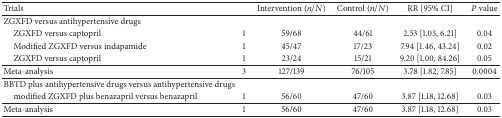
<table><thead><tr><td><b>Trials</b></td><td><b> </b></td><td><b>Intervention (<i>n</i>/<i>N</i>)</b></td><td><b>Control (<i>n</i>/<i>N</i>)</b></td><td><b>RR [95% CI]</b></td><td><b><i>P</i> value</b></td></tr></thead><tbody><tr><td>ZGXFD versus antihypertensive drugs</td><td> </td><td> </td><td> </td><td> </td><td> </td></tr><tr><td> ZGXFD versus captopril</td><td>1</td><td>59/68</td><td>44/61</td><td>2.53 [1.03, 6.21]</td><td>0.04</td></tr><tr><td> Modified ZGXFD versus indapamide</td><td>1</td><td>45/47</td><td>17/23</td><td>7.94 [1.46, 43.24]</td><td>0.02</td></tr><tr><td> ZGXFD versus captopril</td><td>1</td><td>23/24</td><td>15/21</td><td>9.20 [1.00, 84.26]</td><td>0.05</td></tr><tr><td>Meta-analysis</td><td>3</td><td>127/139</td><td>76/105</td><td>3.78 [1.82, 7.85]</td><td>0.0004</td></tr><tr><td>BBTD plus antihypertensive drugs versus antihypertensive drugs</td><td> </td><td> </td><td> </td><td> </td><td> </td></tr><tr><td> modified ZGXFD plus benazapril versus benazapril</td><td>1</td><td>56/60</td><td>47/60</td><td>3.87 [1.18, 12.68]</td><td>0.03</td></tr><tr><td>Meta-analysis</td><td>1</td><td>56/60</td><td>47/60</td><td>3.87 [1.18, 12.68]</td><td>0.03</td></tr></tbody></table>